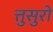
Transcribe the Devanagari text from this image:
त्तुसुरो